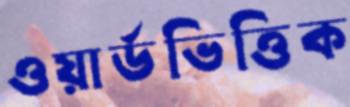
ওয়ার্ডভিত্তিক